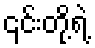
၎င်းတို့ရဲ့